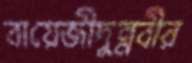
বায়েজীদুন্নবীর